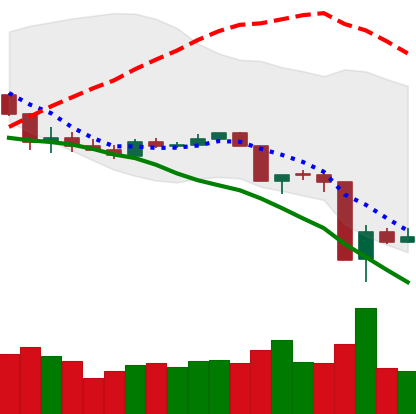
Ticker: XLM-USD
Chart end date: 2020-03-15
Forward return: 4.276%
Label: up_3_5